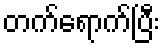
တက်ရောက်ပြီး